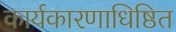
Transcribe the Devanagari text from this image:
कार्यकारणाधिष्ठित